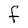
Character: f